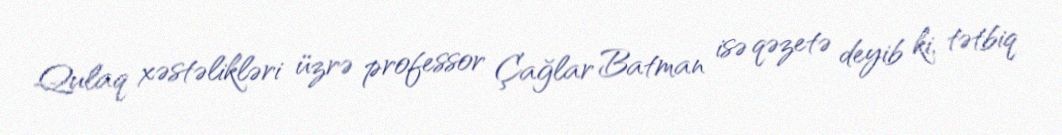
Qulaq xəstəlikləri üzrə professor Çağlar Batman isə qəzetə deyib ki, tətbiq